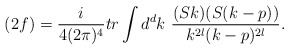
\begin{align*}(2f) = \frac{i}{4(2\pi)^4}tr \int d^dk\ \frac{(Sk)(S(k-p))}{k^{2l}(k-p)^{2l}}.\end{align*}